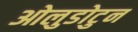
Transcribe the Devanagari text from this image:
ओलुडोटुन